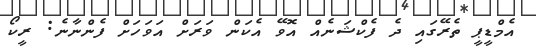
އެމްޑީޕީ ތެރޭގައި ދެ ފެކްޝަނެއް އޮވޭ އެކަން ވަރަށް އަވަހަށް ފެންނާނެ: ރީކޯ